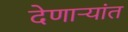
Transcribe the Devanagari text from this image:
देणाऱ्यांत